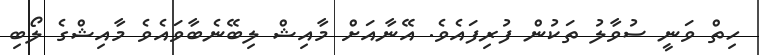
ހިތް ވަނީ ސުވާލު ތަކުން ފުރިފައެވެ. އޭނާއަށް މާއިޝް ލިބޭނެބާވައެވެ މާއިޝްގެ ލޯބި